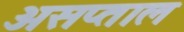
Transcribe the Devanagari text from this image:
असप्ताल